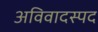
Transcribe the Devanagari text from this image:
अविवादस्पद